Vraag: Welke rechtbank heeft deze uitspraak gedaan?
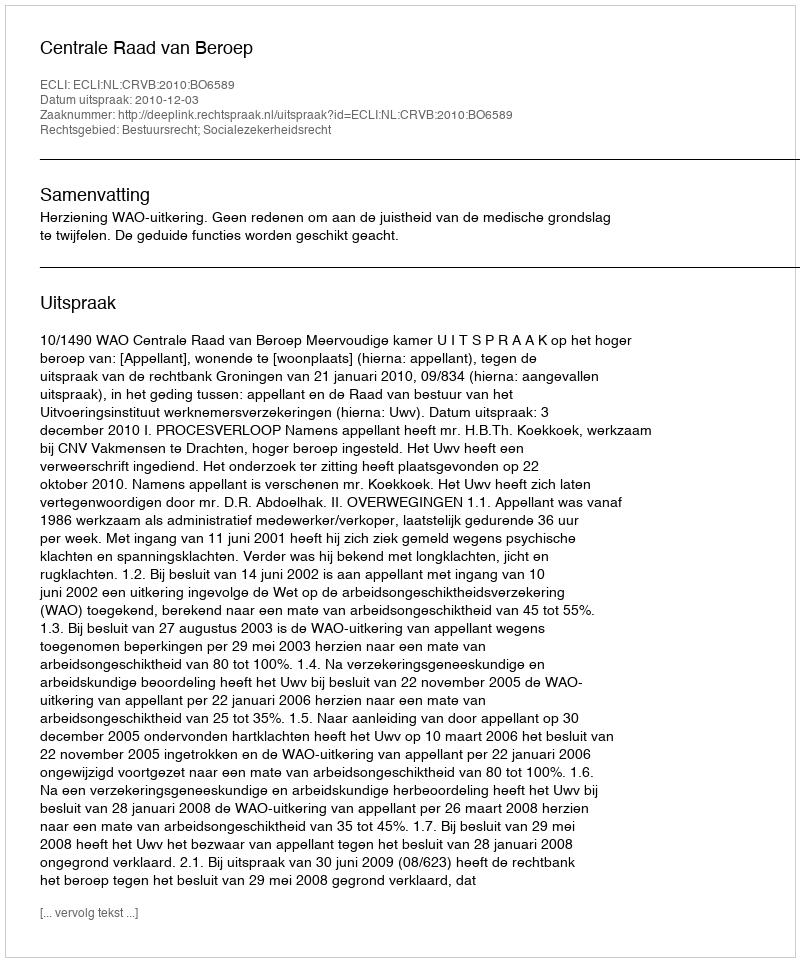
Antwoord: Centrale Raad van Beroep